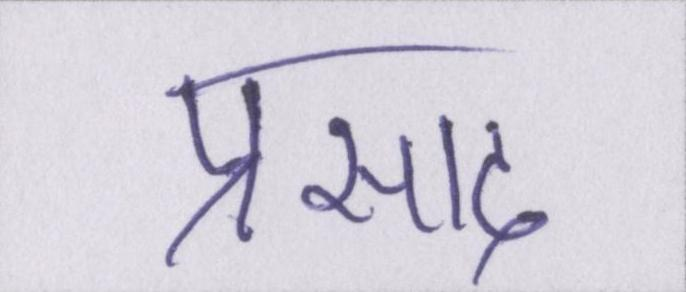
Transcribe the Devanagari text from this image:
प्रसाद